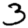
Digit: 3